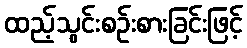
ထည့်သွင်းစဉ်းစားခြင်းဖြင့်